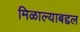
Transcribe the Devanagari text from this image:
मिळाल्याबद्दल